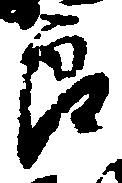
良